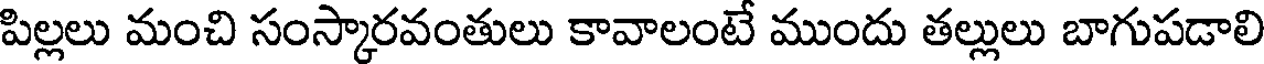
పిల్లలు మంచి సంస్కారవంతులు కావాలంటే ముందు తల్లులు బాగుపడాలి